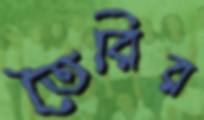
তৈরির